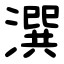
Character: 潠